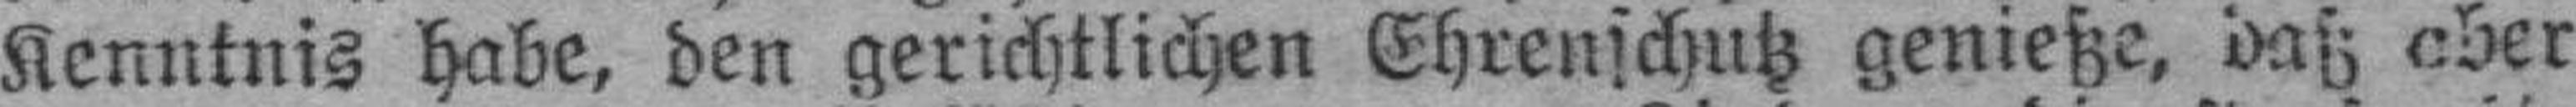
Kenntnis habe, den gerichtlichen Ehrenschutz genieße, daß aber